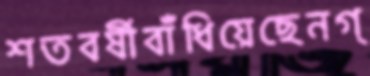
শতবর্ষীবাঁধিয়েছেনগ্